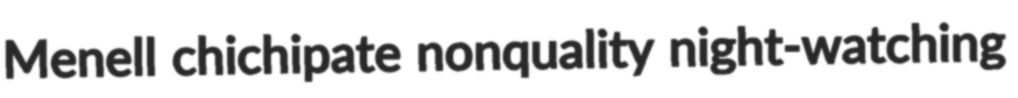
Menell chichipate nonquality night-watching